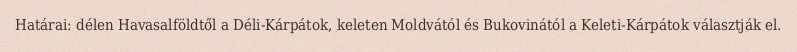
Határai: délen Havasalföldtől a Déli-Kárpátok, keleten Moldvától és Bukovinától a Keleti-Kárpátok választják el.